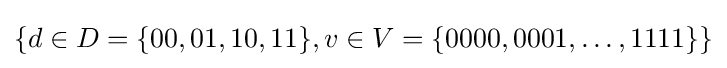
\{d\in D=\{00,01,10,11\},v\in V=\{0000,0001,\dots ,1111\}\}